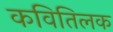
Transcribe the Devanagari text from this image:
कवितिलक